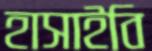
হাসাইবি